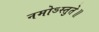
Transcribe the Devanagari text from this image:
नमोऽस्तुते॥